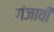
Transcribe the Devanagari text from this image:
गंजावी